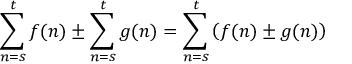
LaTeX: \sum _ { n = s } ^ { t } f ( n ) \pm \sum _ { n = s } ^ { t } g ( n ) = \sum _ { n = s } ^ { t } \left( f ( n ) \pm g ( n ) \right) \quad